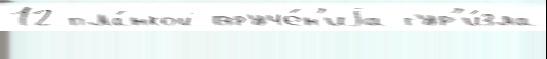
12 пла́нкой вруче́н'иjа тур'и́зма